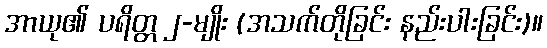
အာယု၏ ပရိတ္တ ၂-မျိုး (အသက်တိုခြင်း နည်းပါးခြင်း)။